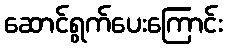
ဆောင်ရွက်ပေးကြောင်း